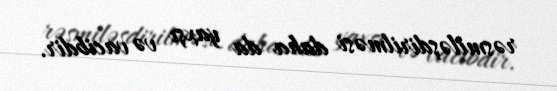
rəsmiləşdirilməsi daha da yaxşı və vacibdir.